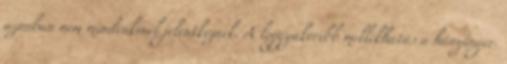
azonban nem mindenkinél jelentkeznek. A leggyakoribb mellékhatás a hányinger.